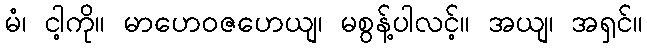
မံ၊ ငါ့ကို။ မာဟေဝဇဟေယျ၊ မစွန့်ပါလင့်။ အယျ၊ အရှင်။